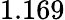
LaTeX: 1.169